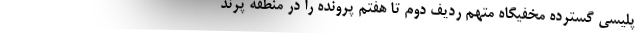
پلیسی گسترده مخفیگاه متهم ردیف دوم تا هفتم پرونده را در منطقه پرند